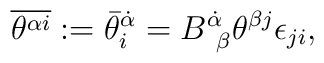
\overline{\theta^{\alpha i}}:= {\bar\theta}^{\dot\alpha}_{i}=B^{\dot\alpha}_{~\beta}\theta^{\beta j}\epsilon_{ji},